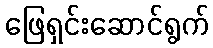
ဖြေရှင်းဆောင်ရွက်